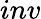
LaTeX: inv